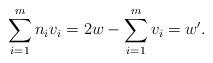
LaTeX: \begin{align*} \sum_{i=1}^{m} n_i v_i = 2w- \sum_{i=1}^{m} v_i=w'.\end{align*}